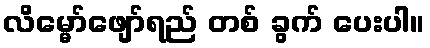
လိမ္မော်ဖျော်ရည် တစ် ခွက် ပေးပါ။